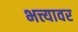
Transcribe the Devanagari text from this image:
भत्त्यावर